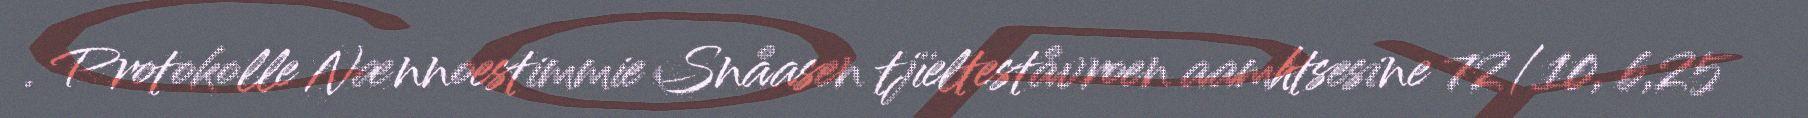
. Protokolle Nænnoestimmie Snåasen tjïelteståvroen aamhtsesine 72/10, b,25